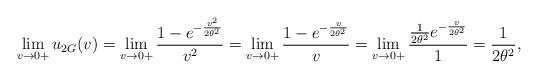
LaTeX: \begin{align*} \lim_{v\rightarrow 0+}u_{2G}(v) &= \lim_{v\rightarrow 0+} \frac{1-e^{-\frac{v^2}{2\theta^2}}}{v^{2}} = \lim_{v\rightarrow 0+} \frac{1-e^{-\frac{v}{2\theta^2}}}{v} = \lim_{v\rightarrow 0+} \frac{\frac{1}{2\theta^2}e^{-\frac{v}{2\theta^2}}}{1} = \frac{1}{2\theta^2}, \end{align*}